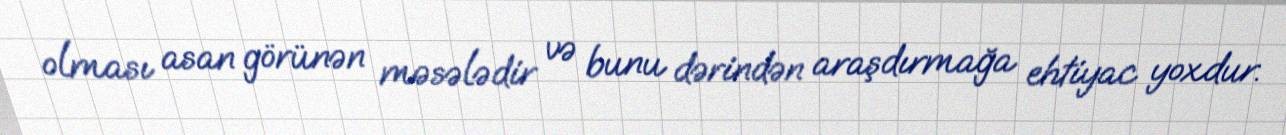
olması asan görünən məsələdir və bunu dərindən araşdırmağa ehtiyac yoxdur.